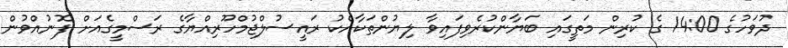
ދުވަހުގެ 14:00 ގެ ކުރިން މަތީގައި ބަޔާންކުރެވިފައިވާ ލިޔުންތަކާއެކު ރައީސުލްޖުމްހޫރިއްޔާގެ ރަސްމީގެއަށް ފޮނުއްވުން